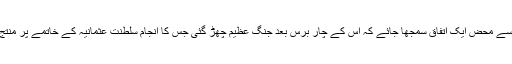
کیا اسے محض ایک اتفاق سمجھا جائے کہ اس کے چار برس بعد جنگ عظیم چھڑ گئی جس کا انجام سلطنت عثمانیہ کے خاتمے پر منتج ہوا۔